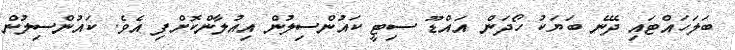
ބަލަހައްޓައި ދޭނެ ބަޔަކު ހޯދަން އައްޑޫ ސިޓީ ކައުންސިލުން އިއުލާންކޮށްފި އެވެ. ކައުންސިލުން